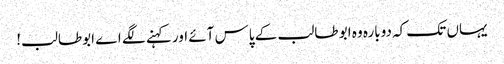
یہاں تک کہ دوبارہ وہ ابو طالب کے پاس آئے اور کہنے لگے اے ابوطالب!